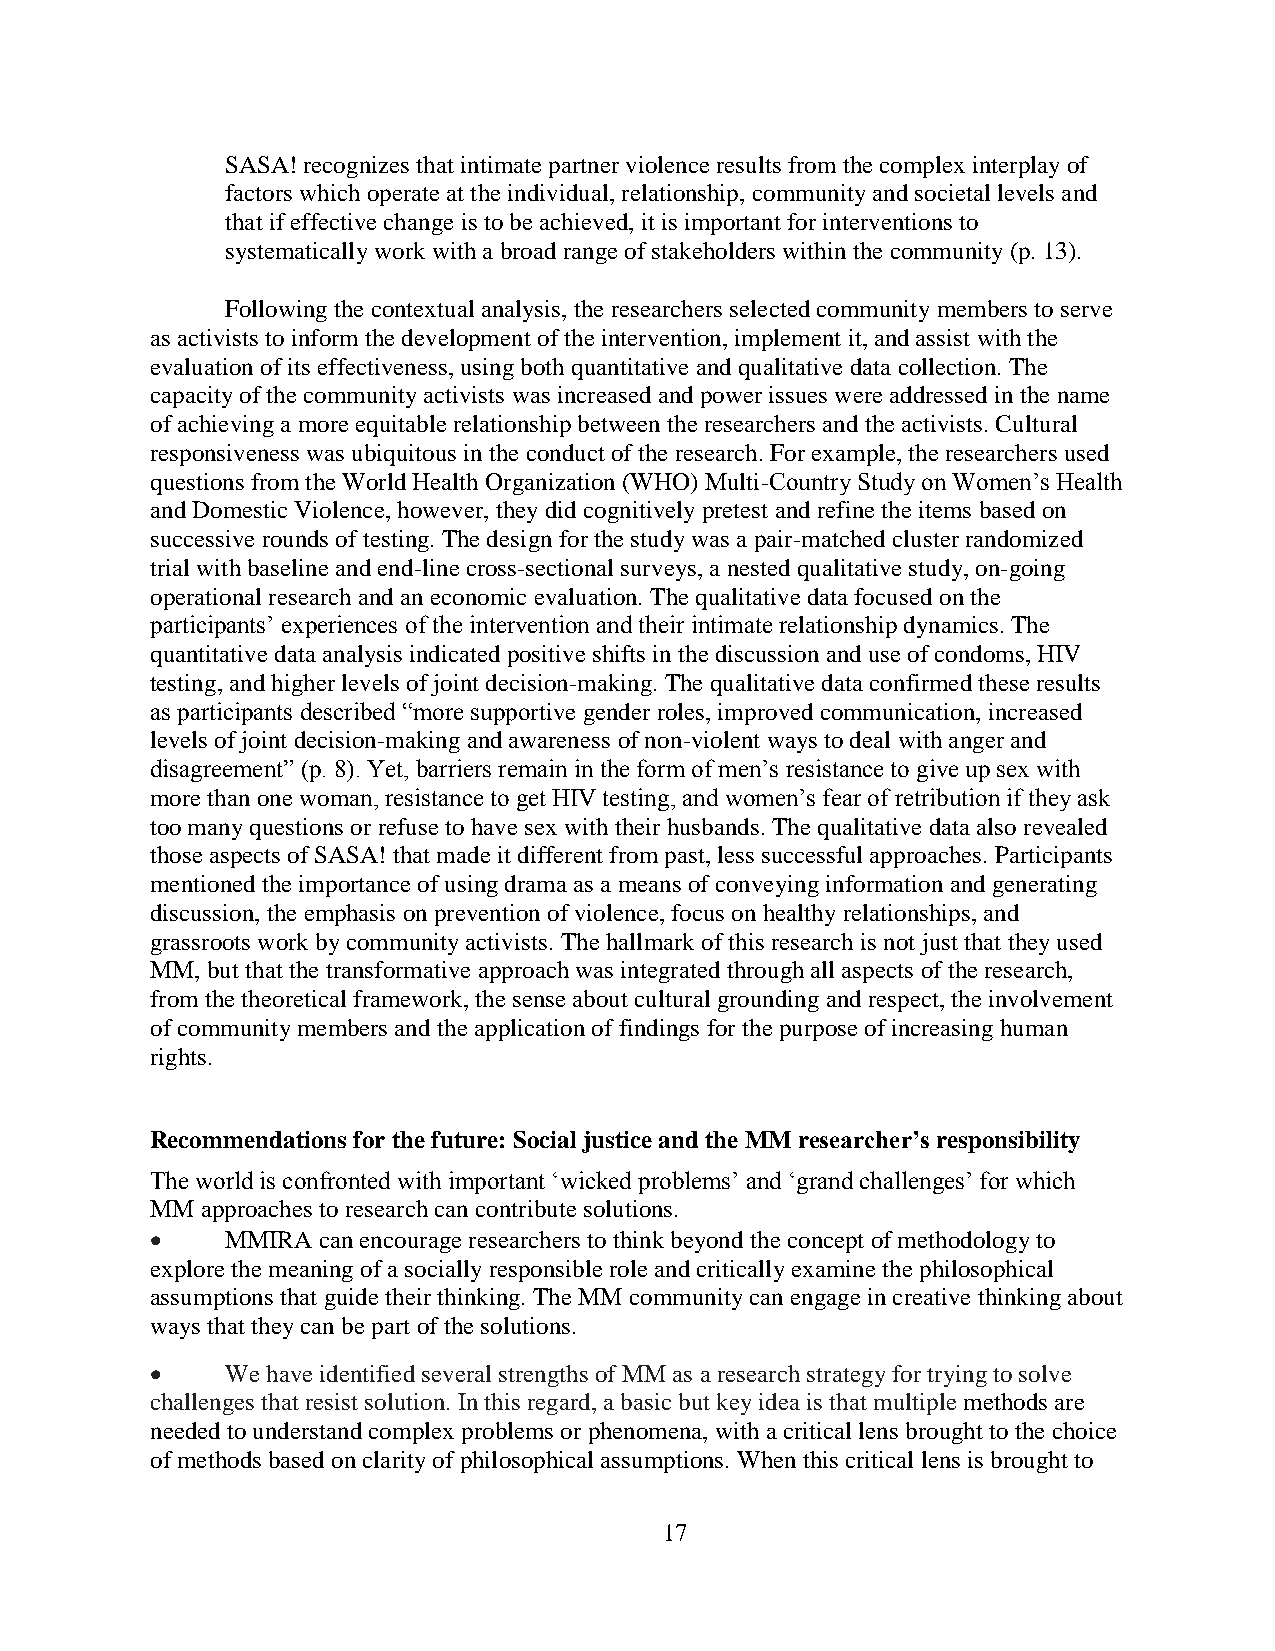
SASA! recognizes that intimate partner violence results from the complex interplay of
 factors which operate at the individual, relationship, community and societal levels and
 that if effective change is to be achieved, it is important for interventions to
 systematically work with a broad range of stakeholders within the community (p. 13).
 Following the contextual analysis, the researchers selected community members to serve
 as activists to inform the development of the intervention, implement it, and assist with the
 evaluation of its effectiveness, using both quantitative and qualitative data collection. The
 capacity of the community activists was increased and power issues were addressed in the name
 of achieving a more equitable relationship between the researchers and the activists. Cultural
 responsiveness was ubiquitous in the conduct of the research. For example, the researchers used
 questions from the World Health Organization (WHO) Multi-Country Study on Women’s Health
 and Domestic Violence, however, they did cognitively pretest and refine the items based on
 successive rounds of testing. The design for the study was a pair-matched cluster randomized
 trial with baseline and end-line cross-sectional surveys, a nested qualitative study, on-going
 operational research and an economic evaluation. The qualitative data focused on the
 participants’ experiences of the intervention and their intimate relationship dynamics. The
 quantitative data analysis indicated positive shifts in the discussion and use of condoms, HIV
 testing, and higher levels of joint decision-making. The qualitative data confirmed these results
 as participants described “more supportive gender roles, improved communication, increased
 levels of joint decision-making and awareness of non-violent ways to deal with anger and
 disagreement” (p. 8). Yet, barriers remain in the form of men’s resistance to give up sex with
 more than one woman, resistance to get HIV testing, and women’s fear of retribution if they ask
 too many questions or refuse to have sex with their husbands. The qualitative data also revealed
 those aspects of SASA! that made it different from past, less successful approaches. Participants
 mentioned the importance of using drama as a means of conveying information and generating
 discussion, the emphasis on prevention of violence, focus on healthy relationships, and
 grassroots work by community activists. The hallmark of this research is not just that they used
 MM, but that the transformative approach was integrated through all aspects of the research,
 from the theoretical framework, the sense about cultural grounding and respect, the involvement
 of community members and the application of findings for the purpose of increasing human
 rights.
 Recommendations for the future: Social justice and the MM researcher’s responsibility
 The world is confronted with important ‘wicked problems’ and ‘grand challenges’ for which
 MM approaches to research can contribute solutions.
     MMIRA can encourage researchers to think beyond the concept of methodology to
 explore the meaning of a socially responsible role and critically examine the philosophical
 assumptions that guide their thinking. The MM community can engage in creative thinking about
 ways that they can be part of the solutions.
     We have identified several strengths of MM as a research strategy for trying to solve
 challenges that resist solution. In this regard, a basic but key idea is that multiple methods are
 needed to understand complex problems or phenomena, with a critical lens brought to the choice
 of methods based on clarity of philosophical assumptions. When this critical lens is brought to
 17